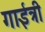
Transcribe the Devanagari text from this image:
गाईत्री